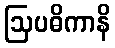
ဩပဓိကာနိ